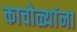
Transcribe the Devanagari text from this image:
काचोळ्यांना